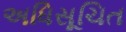
અધિસૂચિત